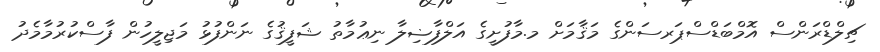
ޗިލްޑްރަންސް އޮމްބަޑްސްޕަރސަންގެ މަޤާމަށް މ.މާފުށީގެ އަލްފާޟިލާ ނިޢުމާތު ޝަފީޤުގެ ނަންފުޅު މަޖިލީހުން ފާސްކުރުމާމެދު